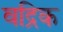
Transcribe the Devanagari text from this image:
वद्रिक